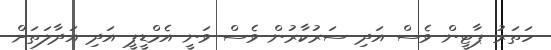
ހަތަރު ޕާޓީން ވެސް އަދި ސަރުކާރުން ވެސް ވަނީ އެމްޑީޕީ އަދި އަދާލަތަށް